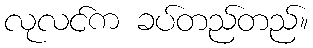
လုလင်က ခပ်တည်တည်။